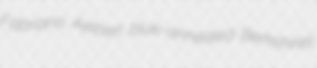
Fabriano Aelbert blue-annealed Berkshires